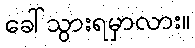
ခေါ်သွားရမှာလား။